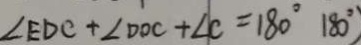
\angle E D C + \angle D O C + \angle C = 1 8 0 ^ { \circ } 1 8 0 ^ { \circ } )